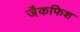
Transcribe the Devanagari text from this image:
जैकफिश